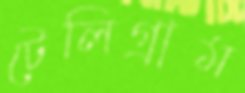
টেলিগ্রাম